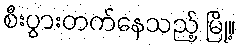
စီးပွားတက်နေသည့် မြို့။